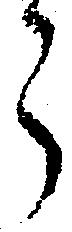
う